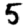
Digit: 5